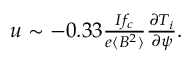
\begin{array} { r } { u \sim - 0 . 3 3 \frac { I f _ { c } } { e \langle B ^ { 2 } \rangle } \frac { \partial T _ { i } } { \partial \psi } . } \end{array}